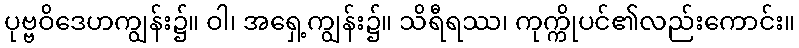
ပုဗ္ဗဝိဒေဟကျွန်း၌။ ဝါ၊ အရှေ့ကျွန်း၌။ သိရီရဿ၊ ကုက္ကိုပင်၏လည်းကောင်း။